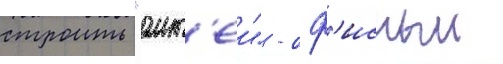
строить "ант'еи" - оф'исныи